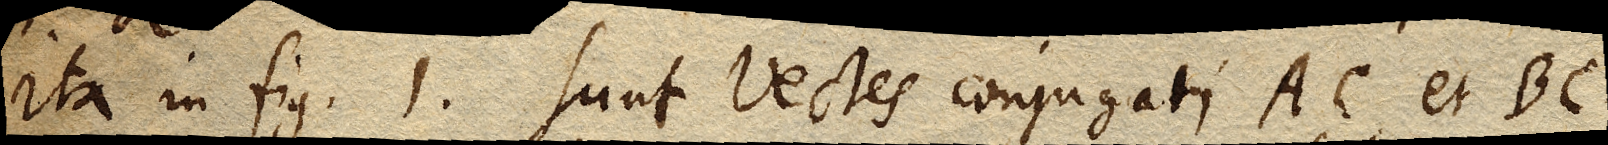
ita in fig. 1. sunt vectes conjugati AC, et BC